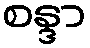
စန္ဒာ